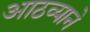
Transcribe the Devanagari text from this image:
आठव्याने